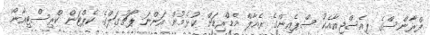
ފްރާންސްގެ ޕީއެސްޖީއާއެކު ސްޕެއިންގެ ރެއާލް މެޑްރިޑަށް ކުޅެމުން އަންނަ ޕޯޗުގަލްގެ ކެޕްޓަން ކްރިސްޓިއާނޯ